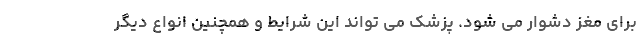
برای مغز دشوار می شود. پزشک می تواند این شرایط و همچنین انواع دیگر